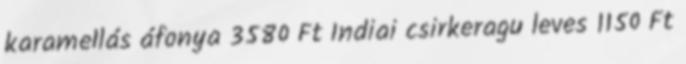
karamellás áfonya 3580 Ft Indiai csirkeragu leves 1150 Ft